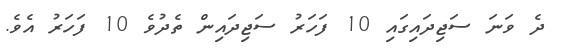
ދެ ވަނަ ސަޖިދައިގައި 10 ފަހަރު ސަޖިދައިން ތެދުވެ 10 ފަހަރު އެވެ.